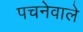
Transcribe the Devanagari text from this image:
पचनेवाले